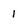
Character: 1